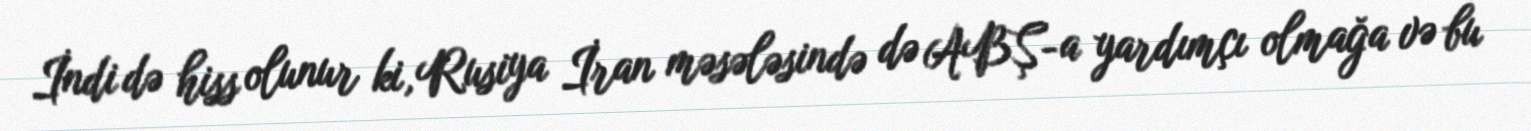
İndi də hiss olunur ki, Rusiya İran məsələsində də ABŞ-a yardımçı olmağa və bu